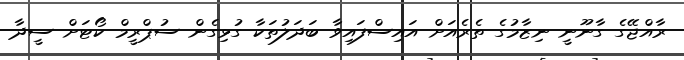
ރާއްޖޭގެ ގާނޫނީ ނިޒާމުގެ ތެރެއަށް އައިސްފައިވާ ބަދަލުތަކާ ގުޅިގެން ސުޕްރީމް ކޯޓަށް ސީދާ